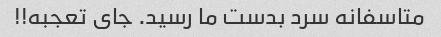
متاسفانه سرد بدست ما رسید. جای تعجبه!!